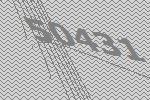
50431